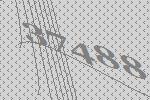
37488